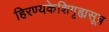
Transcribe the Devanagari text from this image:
हिरण्यकेशिगृह्यसूत्र